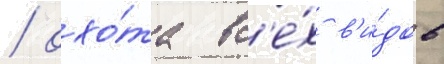
/ охо́та вс'е́х в'и́дов